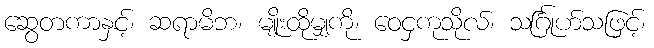
ဆွေတကာနှင့်၊ ဆရာမိဘ၊ မျိုးထိုမျှကို၊ ဝေငှကုသိုလ်၊ သင်္ဂြုဟ်သဖြင့်၊